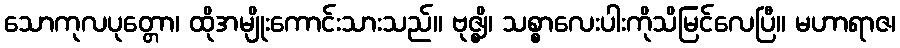
သောကုလပုတ္တော၊ ထိုအမျိုးကောင်းသားသည်။ ဗုဇ္ဈိ၊ သစ္စာလေးပါးကိုသိမြင်လေပြီ။ မဟာရာဇ၊